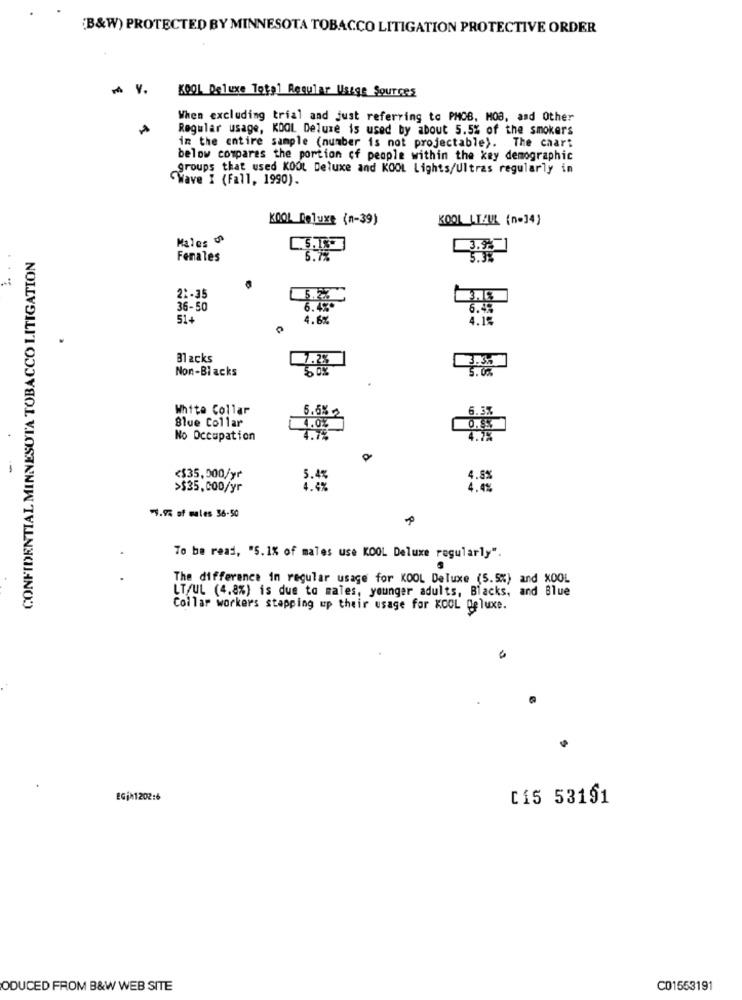
[B&W) PROTECTED BY MINNESOTA TOBACCO LITIGATION PROTECTIVE ORDER
KOOL Deluxe Total Regular Usage Sources
When excluding trial and just referring to PHOB, MOB, and Other
Regular usage, KDOL Deluxe is used by about 5.5% of the smokers
in the entire sample (number is not projectable). The chart
below compares the portion of people within the key demographic
groups that used KOOL Deluxe and KOOL Lights/Ultras regularly in
Wave I (Fall, 1990).
KOOL Deluxe (n-39)
KOOL LE:UK (n=34}
Males
3.95
CONFIDENTIAL MINNESOTA TOBACCO LITIGATION
Females
5.3%
21-35
5.27
36-50
6.4%*
6.45
51-
4.6%
4.15
Blacks
3.3%
Non-Blacks
5. 0.
White Collar
5.6%
6.3%
Blue Collar
4.0%
0.5%
No Occupation
4.7%
-
<$35,000/yr
5.4%
4.5%
>$35,000/yr
4.4%
7.9% of males 36-50
To be read, "5.1% of males use KOOL Deluxe regularly".
The difference in regular usage for KOOL Deluxe (5.5%) and XOOL
LT/UL (4.8%) is due to males, younger adults, Blacks, and Blue
Collar workers stapping up their usage for KOOL Deluxe.
EGIN1202:6
[15 53191
ODUCED FROM B&W WEB SITE
C01553191